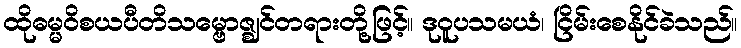
ထိုဓမ္မဝိစယပီတိသမ္ဗောဇ္ဈင်တရားတို့ဖြင့်။ ဒုဝူပသမယံ၊ ငြိမ်းစေနိုင်ခဲသည်။